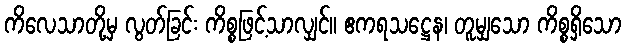
ကိလေသာတို့မှ လွတ်ခြင်း ကိစ္စဖြင့်သာလျှင်။ ဧကရသဋ္ဌေန၊ တူမျှသော ကိစ္စရှိသော